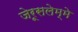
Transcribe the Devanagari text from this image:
जेरूसलेम्मे